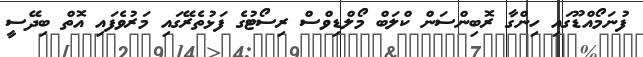
ފުނަމޯއްޑޫގައި ހިންގާ ރޮބިންސަން ކްލަބް މޯލްޑިވްސް ރިސޯޓުގެ ފަޅުތެރޭގައި މަރުވެފައި އޮތް ބިދޭސީ